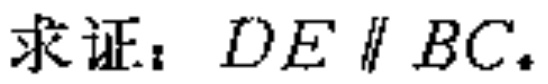
求证：$DE\parallel BC$.